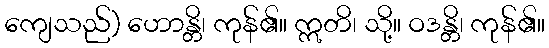
ကျေသည်) ဟောန္တိ၊ ကုန်၏။ ဣတိ၊ သို့။ ဝဒန္တိ၊ ကုန်၏။